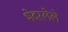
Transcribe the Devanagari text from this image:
भेदरलेले